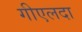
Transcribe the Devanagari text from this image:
गीएलदा